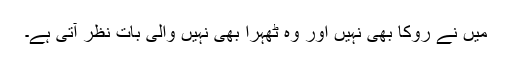
میں نے روکا بھی نہیں اور وہ ٹھہرا بھی نہیں والی بات نظر آتی ہے۔